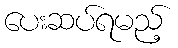
ပေးဆပ်ရမည့်